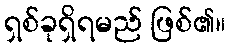
ရှစ်ခုရှိရမည် ဖြစ်၏။